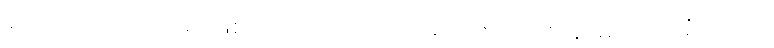
ဟောတိ၊ အကယ်၍ ဖြစ်ငြားအံ့။ တာဝ၊ ထိုမျှလောက်။ ဇာနာမိ၊ သိရအံ့။ ဣတိ၊